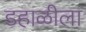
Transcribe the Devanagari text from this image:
डहाळीला